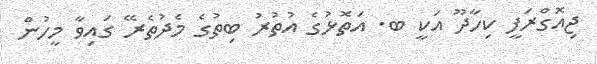
ޖިއޮގްރަފީ ކިހާދޫ އަކީ ބ. އަތޮޅުގެ އުތުރު ބިތުގެ މެދުތެރޭ ގައިވާ މީހުން